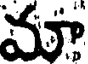
మా